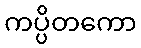
ကပ္ပိတကော